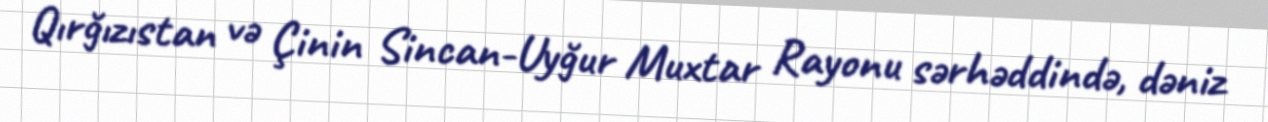
Qırğızıstan və Çinin Sincan-Uyğur Muxtar Rayonu sərhəddində, dəniz